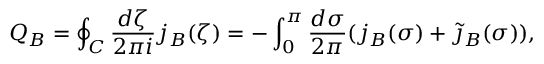
Q _ { B } = \oint _ { C } \frac { d \zeta } { 2 \pi i } j _ { B } ( \zeta ) = - \int _ { 0 } ^ { \pi } \frac { d \sigma } { 2 \pi } ( j _ { B } ( \sigma ) + \widetilde { \jmath } _ { B } ( \sigma ) ) ,